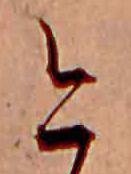
今